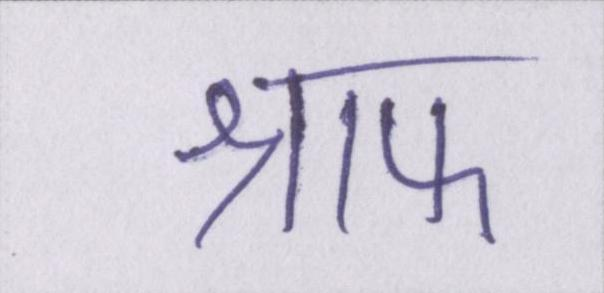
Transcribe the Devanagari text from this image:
श्राफ